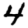
Digit: 4